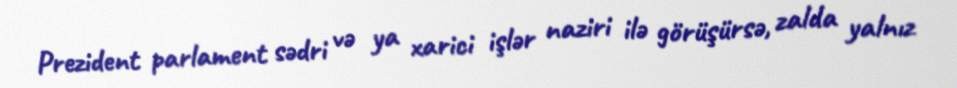
Prezident parlament sədri və ya xarici işlər naziri ilə görüşürsə, zalda yalnız